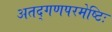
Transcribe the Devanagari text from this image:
अतद्गणपरमेष्टिः